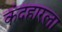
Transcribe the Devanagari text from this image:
कंदहारला